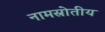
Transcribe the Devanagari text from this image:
नामस्रोतीय